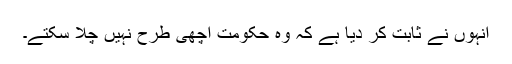
انہوں نے ثابت کر دیا ہے کہ وہ حکومت اچھی طرح نہیں چلا سکتے۔